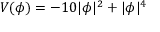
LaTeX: V ( \phi ) = - 1 0 | \phi | ^ { 2 } + | \phi | ^ { 4 }